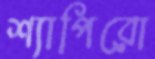
শ্যাপিরো